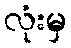
လုံးမှ